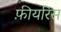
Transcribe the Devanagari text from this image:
फ़ीयरिस